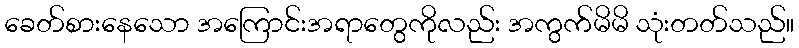
ခေတ်စားနေသော အကြောင်းအရာတွေကိုလည်း အကွက်မိမိ သုံးတတ်သည်။